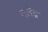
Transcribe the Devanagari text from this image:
नलेंद्र